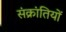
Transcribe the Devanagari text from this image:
संक्रांतियों